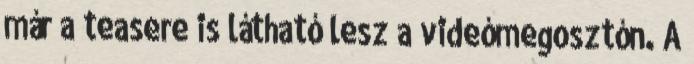
már a teasere is látható lesz a videómegosztón. A